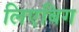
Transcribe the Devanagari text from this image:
लिएबिग